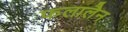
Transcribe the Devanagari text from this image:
फलालैन